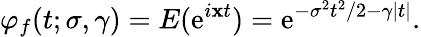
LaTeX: \varphi_{f}(t;\sigma,\gamma)=E(\mathrm{e}^{i\mathbf{x}t})=\mathrm{e}^{-\sigma^{2}t^{2}/2-\gamma|t|}.